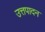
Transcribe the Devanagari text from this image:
उत्तपादन